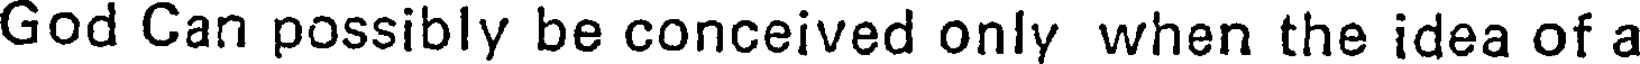
God Can possibly be conceived only when the idea of a